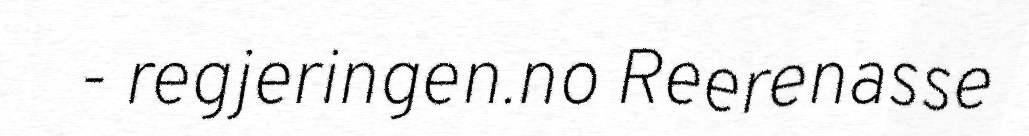
- regjeringen.no Reerenasse